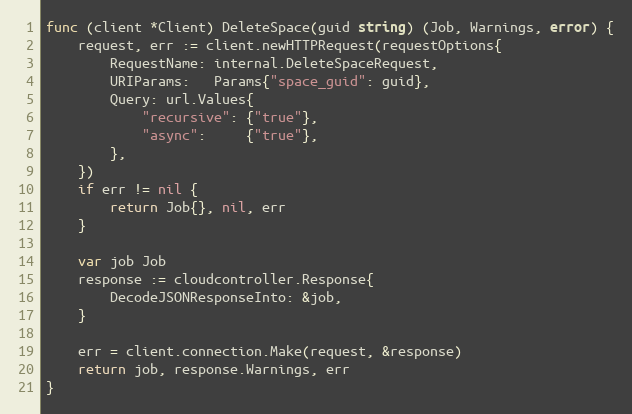
Language: Go
func (client *Client) DeleteSpace(guid string) (Job, Warnings, error) {
	request, err := client.newHTTPRequest(requestOptions{
		RequestName: internal.DeleteSpaceRequest,
		URIParams:   Params{"space_guid": guid},
		Query: url.Values{
			"recursive": {"true"},
			"async":     {"true"},
		},
	})
	if err != nil {
		return Job{}, nil, err
	}

	var job Job
	response := cloudcontroller.Response{
		DecodeJSONResponseInto: &job,
	}

	err = client.connection.Make(request, &response)
	return job, response.Warnings, err
}